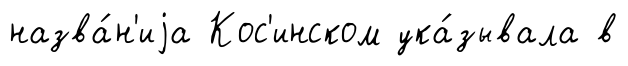
назва́н'иjа Кос'инском ука́зывала в